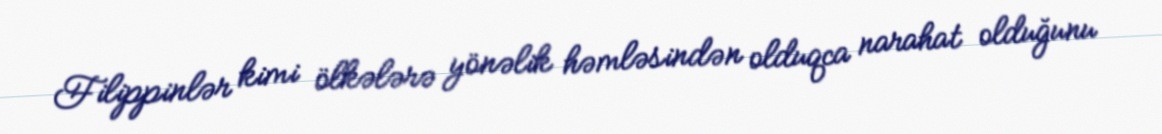
Filippinlər kimi ölkələrə yönəlik həmləsindən olduqca narahat olduğunu